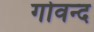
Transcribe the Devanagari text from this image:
गोवन्द